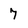
Character: 7